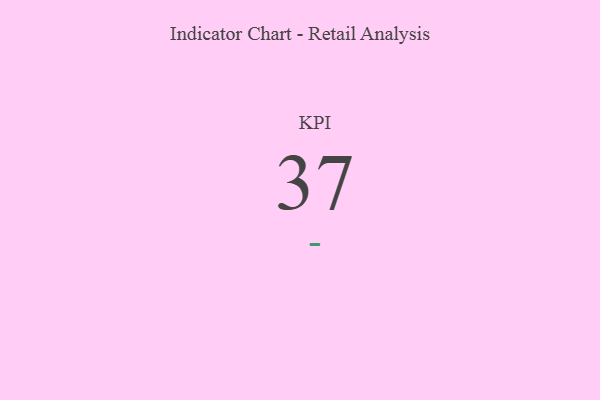
{"axis": {"x": "KPI", "y": "Value"}, "legend": [""], "data": [{"x": "KPI", "y": 37, "type": ""}]}